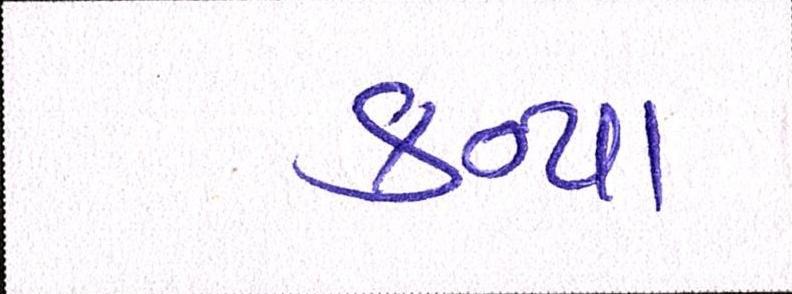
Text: કન્યા